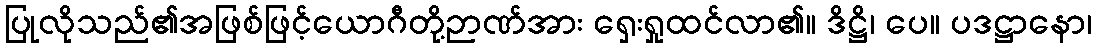
ပြုလိုသည်၏အဖြစ်ဖြင့်ယောဂီတို့ဉာဏ်အား ရှေးရှုထင်လာ၏။ ဒိဋ္ဌိ၊ ပေ။ ပဒဋ္ဌာနော၊